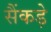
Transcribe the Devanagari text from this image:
सैंकड़े